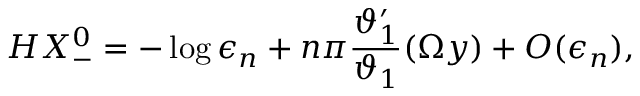
H X _ { - } ^ { 0 } = - \log \epsilon _ { n } + n \pi \frac { \vartheta _ { 1 } ^ { \prime } } { \vartheta _ { 1 } } ( \Omega y ) + { \cal O } ( \epsilon _ { n } ) ,